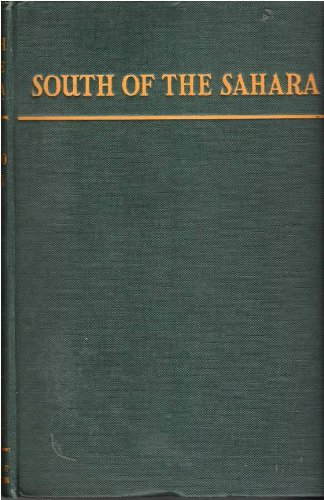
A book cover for South of the Sahara,; Attilio Gatti; Travel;